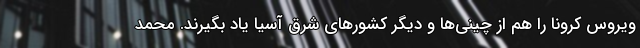
ویروس کرونا را هم از چینی‌ها و دیگر کشورهای شرق آسیا یاد بگیرند. محمد